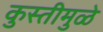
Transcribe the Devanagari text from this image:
कुस्तीमुळे